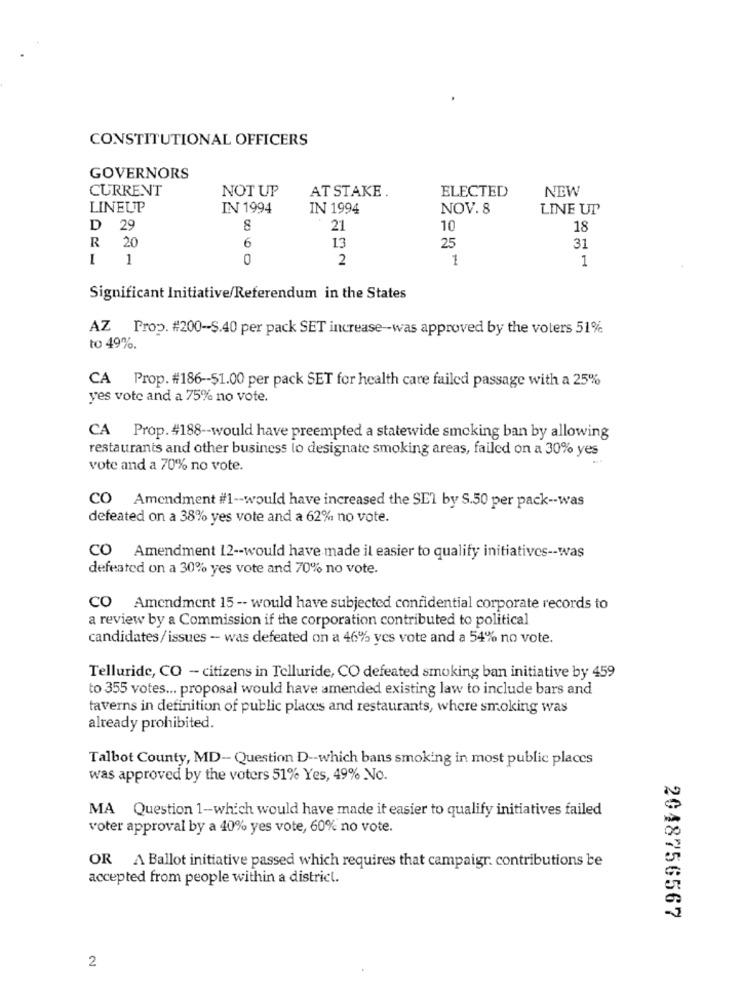
CONSTITUTIONAL OFFICERS
GOVERNORS
CURRENT
NOT UP
AT STAKE.
ELECTED
NEW
LINEUP
IN 1994
IN 1994
NOV. 8
LINE UT
D 29
21
10
18
R 20
6
13
25
31
1 1
0
2
1
1
Significant Initiative/Referendum in the States
AZ Prop. #200-S.40 per pack SET increase -- was approved by the voters 51%
to 49%.
CA Prop. #186 -- $1.00 per pack SET for health care failed passage with a 25%
yes vote and a 75% no vote.
CA Prop. #188 -- would have preempted a statewide smoking ban by allowing
restaurants and other business to designate smoking areas, failed on a 30% yes
vote and a 70% no vote.
CO Amendment #f1 -- would have increased the SEI by S.50 per pack -- was
defeated on a 38% yes vote and a 62% no vote.
CO Amendment 12 -- would have made il easier to qualify initiatives -- was
defeated on a 30% yes vote and 70% no vote.
CO Amendment 15 -- would have subjected confidential corporate records to
a review by a Commission if the corporation contributed to political
candidates/issues - was defeated on a 46% yes vote and a 54% no vote.
Telluride, CO - citizens in Telluride, CO defeated smoking ban initiative by 459
to 355 votes ... proposal would have amended existing law to include bars and
taverns in definition of public places and restaurants, where smoking was
already prohibited.
Talbot County, MD-Question D -- which bans smoking in most public places
was approved by the voters 51% Yes, 49% No.
MA Question 1-which would have made it easier to qualify initiatives failed
voter approval by a 40% yes vote, 60% no vote.
OR A Ballot initiative passed which requires that campaigr. contributions be
accepted from people within a district.
2048756567
2